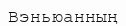
Вэньюанның